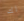
لك